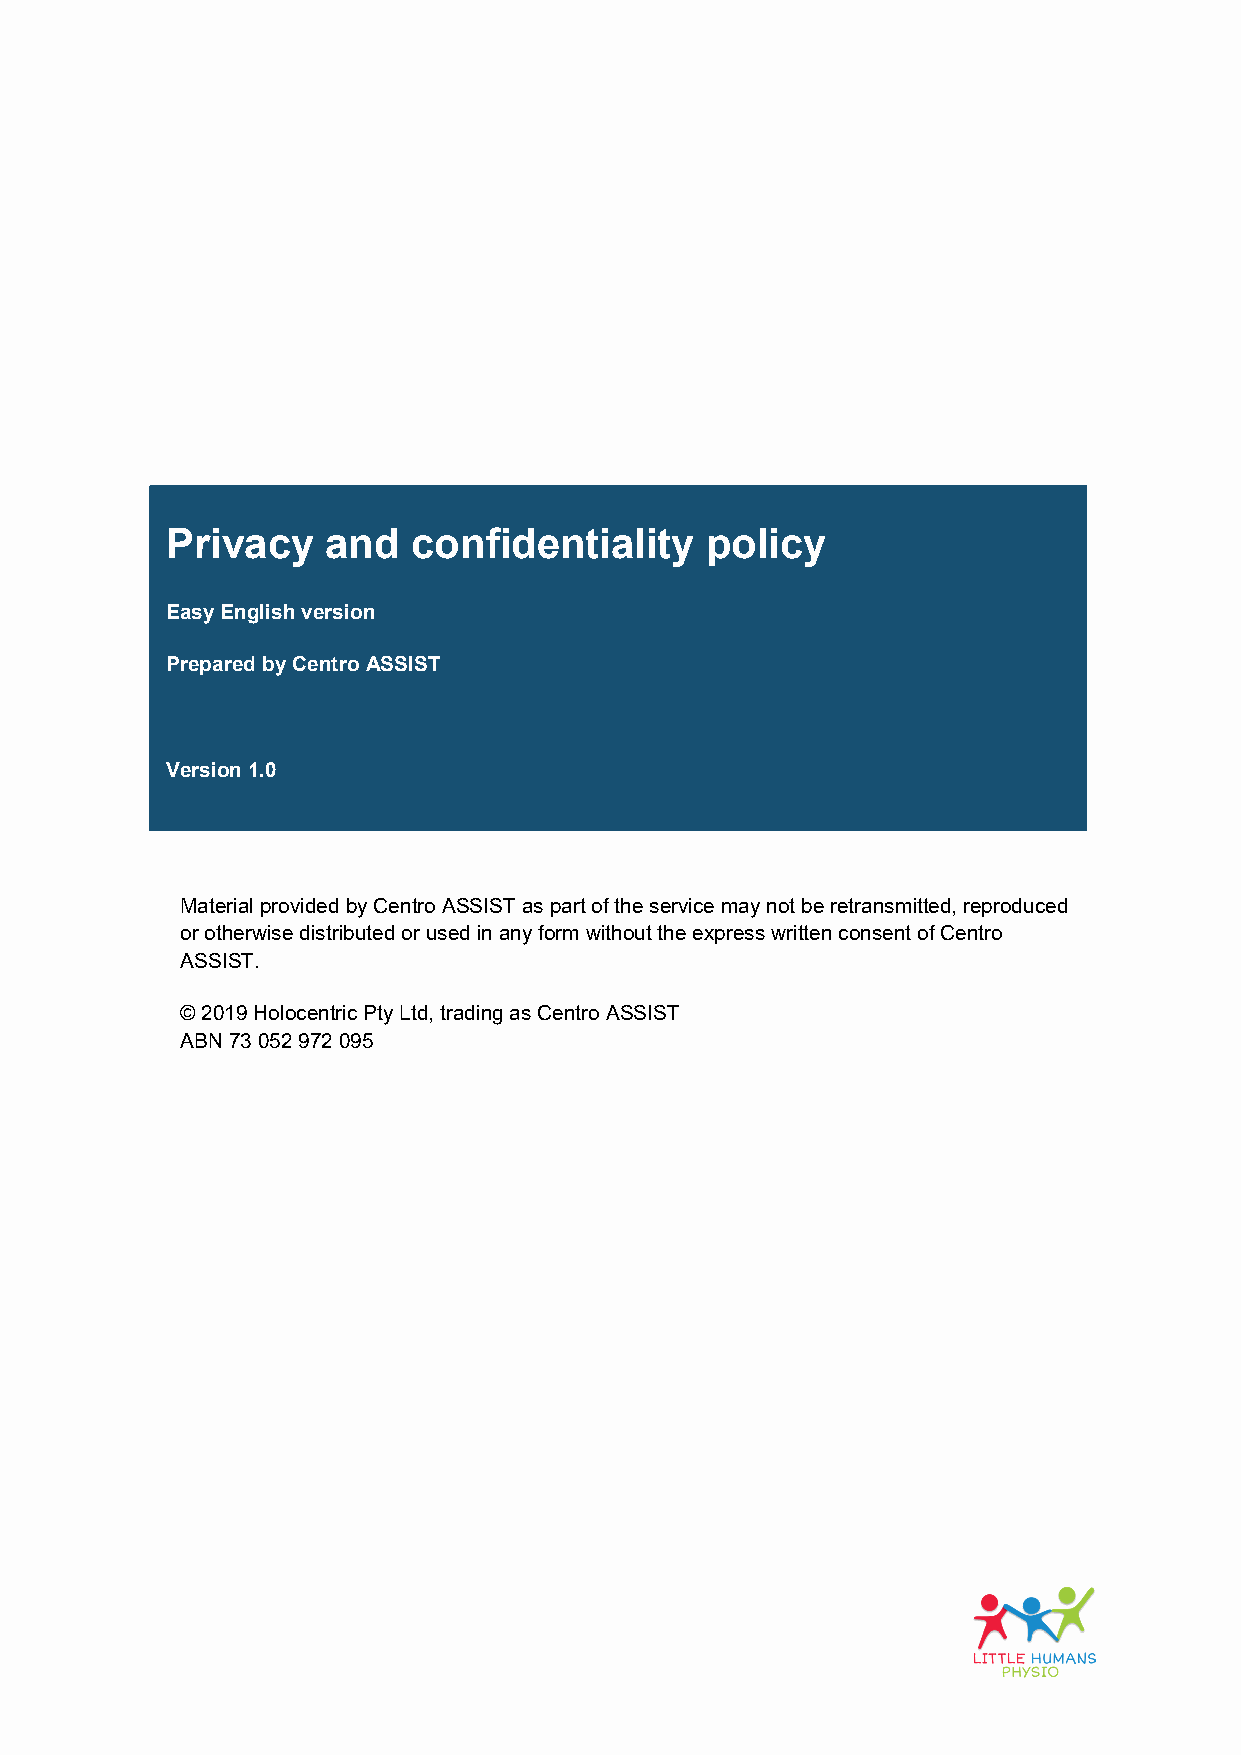
Privacy    and  confidentiality     policy
 Easy English version
 Prepared by Centro ASSIST
 Version 1.0
 Material provided by Centro ASSIST as part of the service may not be retransmitted, reproduced
 or otherwise distributed or used in any form without the express written consent of Centro
 ASSIST.
 © 2019 Holocentric Pty Ltd, trading as Centro ASSIST
 ABN 73 052 972 095